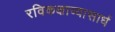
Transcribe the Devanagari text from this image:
रविकक्षाव्यासार्ध